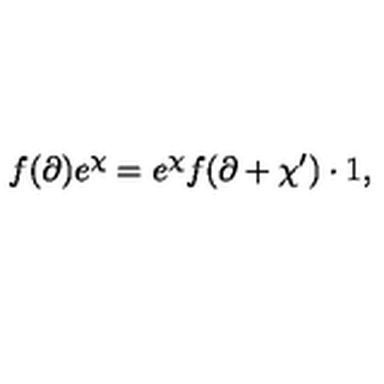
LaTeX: f ( \partial ) e ^ { \chi } = e ^ { \chi } f ( \partial + \chi ^ { \prime } ) \cdot 1 ,